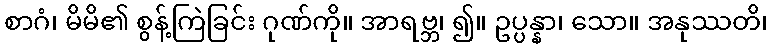
စာဂံ၊ မိမိ၏ စွန့်ကြဲခြင်း ဂုဏ်ကို။ အာရဗ္ဘ၊ ၍။ ဥပ္ပန္နာ၊ သော။ အနုဿတိ၊